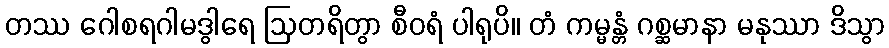
တဿ ဂေါစရဂါမဒွါရေ ဩတရိတွာ စီဝရံ ပါရုပိ။ တံ ကမ္မန္တံ ဂစ္ဆမာနာ မနုဿာ ဒိသွာ